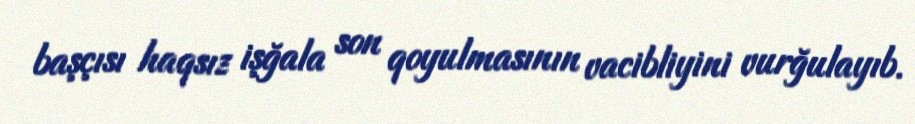
başçısı haqsız işğala son qoyulmasının vacibliyini vurğulayıb.